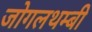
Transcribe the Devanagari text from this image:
जोगलथम्बी